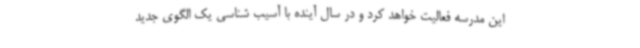
این مدرسه فعالیت خواهد کرد و در سال آینده با آسیب شناسی یک الگوی جدید